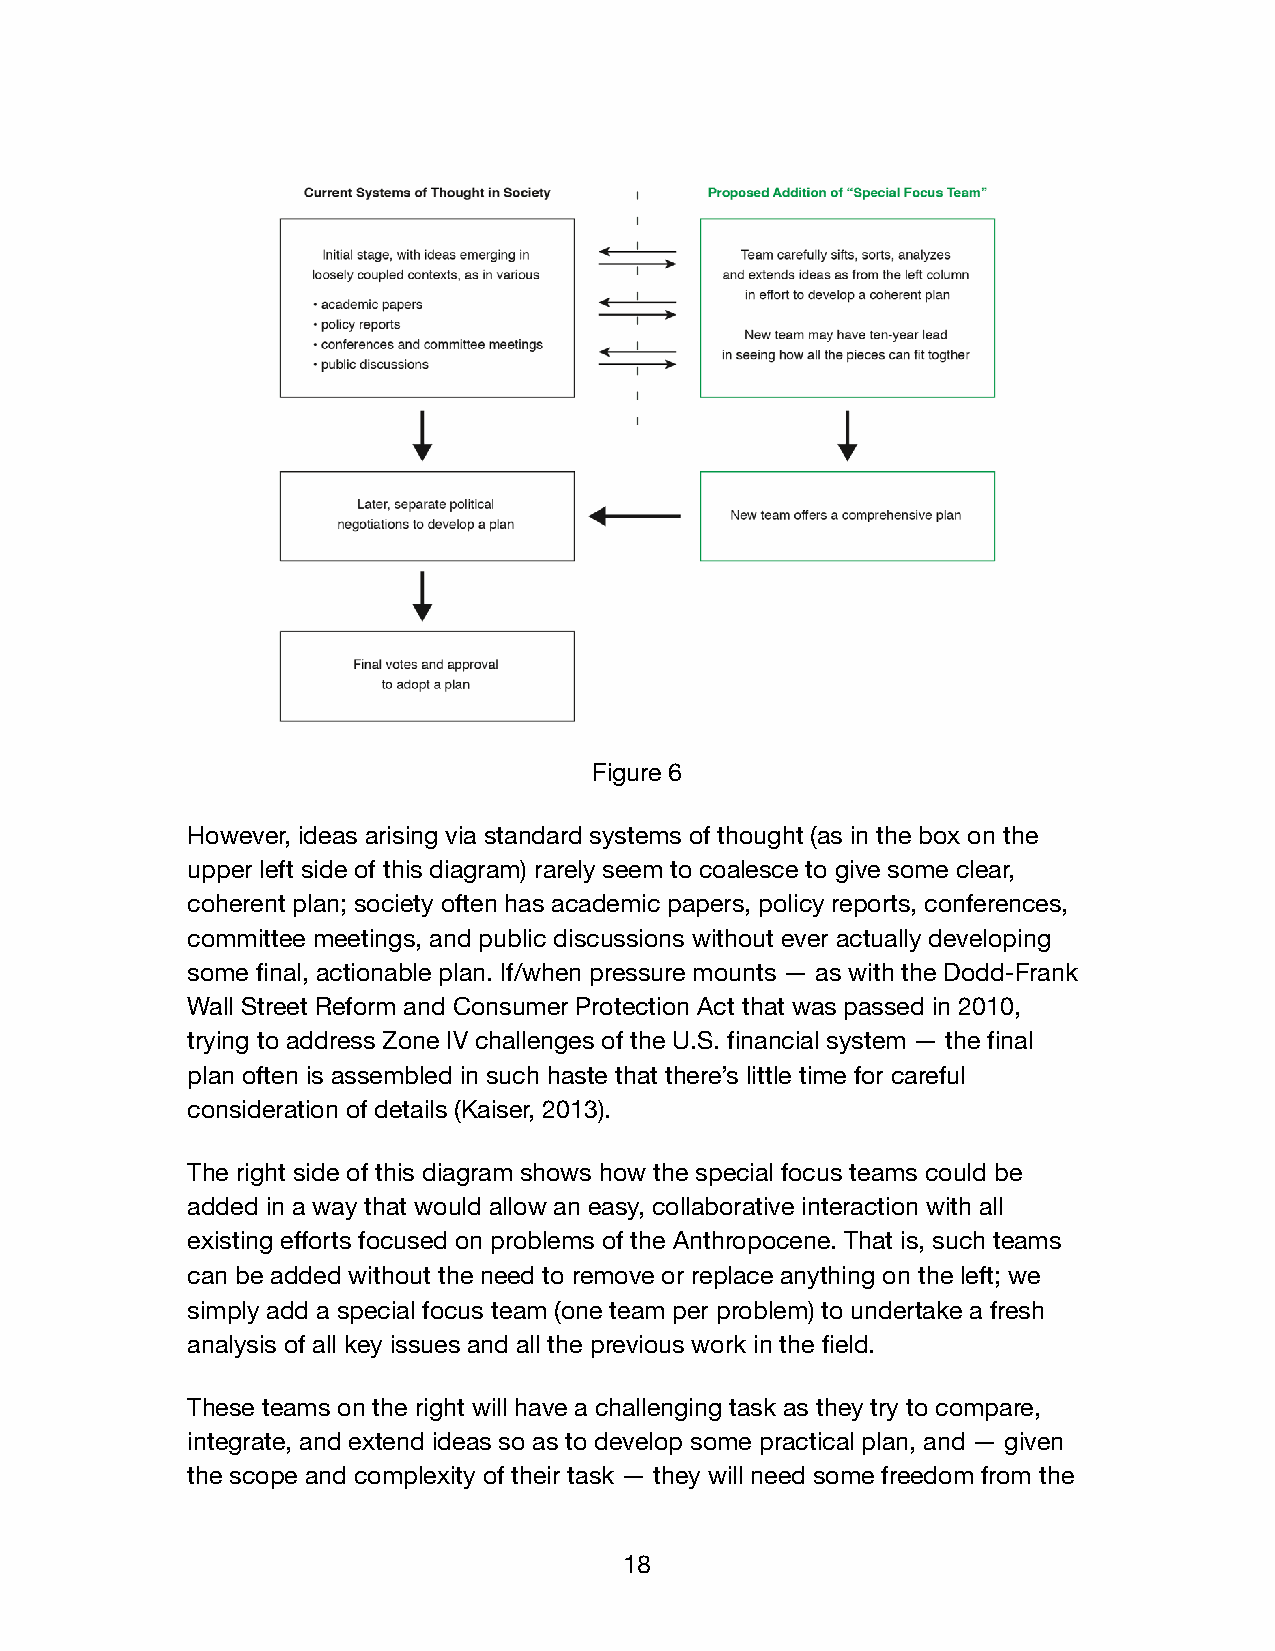
Figure 6
 However, ideas arising via standard systems of thought (as in the box on the
 upper left side of this diagram) rarely seem to coalesce to give some clear,
 coherent plan; society often has academic papers, policy reports, conferences,
 committee meetings, and public discussions without ever actually developing
 some final, actionable plan. If/when pressure mounts — as with the Dodd-Frank
 Wall Street Reform and Consumer Protection Act that was passed in 2010,
 trying to address Zone IV challenges of the U.S. financial system — the final
 plan often is assembled in such haste that there’s little time for careful
 consideration of details (Kaiser, 2013).
 The right side of this diagram shows how the special focus teams could be
 added in a way that would allow an easy, collaborative interaction with all
 existing efforts focused on problems of the Anthropocene. That is, such teams
 can be added without the need to remove or replace anything on the left; we
 simply add a special focus team (one team per problem) to undertake a fresh
 analysis of all key issues and all the previous work in the field.
 These teams on the right will have a challenging task as they try to compare,
 integrate, and extend ideas so as to develop some practical plan, and — given
 the scope and complexity of their task — they will need some freedom from the
 18